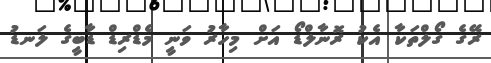
ރޭގެ ގޯލްތަކާ އެކު ރޮނާލްޑޯ އަށް މިހާރު ވަނީ މެޑްރިޑް ޑާބީގެ ލަނޑު